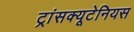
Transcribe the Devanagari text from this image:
ट्रांसक्यूटेनियस